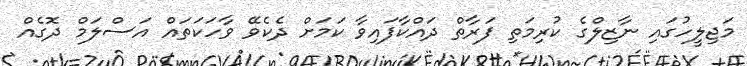
މަޖިލީހުގައި ނާޒިލްގެ ކުރިމަތި ފަރާތް ދައްކާފައިވާ ކަމަށް ދެކެވޭ ވާހަކަތައް އަސްލަމް ދޮގެއް